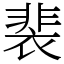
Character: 裴